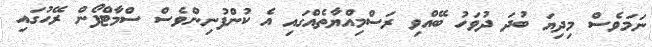
ނަމަވެސް މިދިޔަ ބުދަ ދުވަހު ބޭއްވި ރަސްމިއްޔާތެއްގައި އެ ކުންފުނިންވެސް ސްމާޓްފޯން ރޭހުގައި